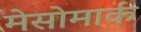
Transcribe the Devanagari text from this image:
मेसोमार्क